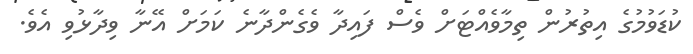
ކުޑަވުމުގެ އިތުރުން ތިމާވެއްޓަށް ވެސް ފައިދާ ވެގެންދާނެ ކަމަށް އޭނާ ވިދާޅުވި އެވެ.